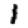
Digit: 1